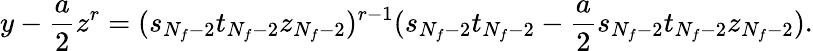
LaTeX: y-\frac{a}{2}z^{r}=(s_{N_{f}-2}t_{N_{f}-2}z_{N_{f}-2})^{r-1}(s_{N_{f}-2}t_{N_{f}-2}-\frac{a}{2}s_{N_{f}-2}t_{N_{f}-2}z_{N_{f}-2}).